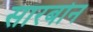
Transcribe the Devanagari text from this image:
सारबोन